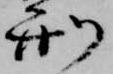
刑